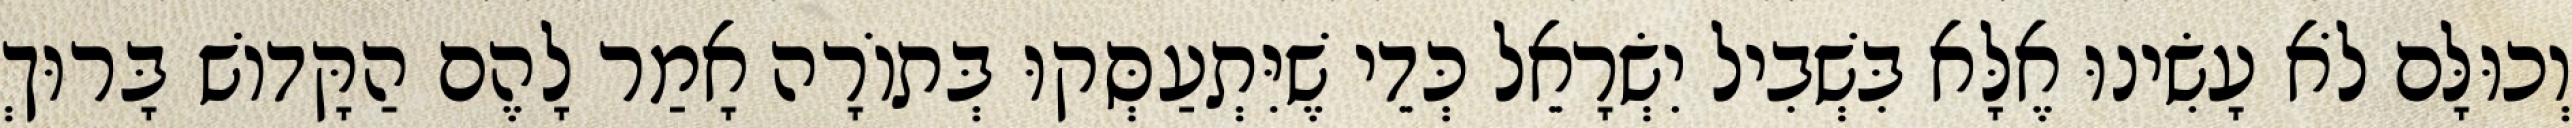
וְכוּלָּם לֹא עָשִׂינוּ אֶלָּא בִּשְׁבִיל יִשְׂרָאֵל כְּדֵי שֶׁיִּתְעַסְּקוּ בְּתוֹרָה אָמַר לָהֶם הַקָּדוֹשׁ בָּרוּךְ